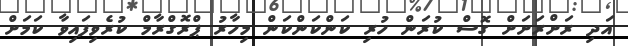
އަދި ރަށްރަށަށް ގޮސް ކުރަން ހުރި ކަންކަންކަން މިހާރު ޕްރޮގްރާމް ކުރެވިފައިވާ ކަމަށް